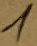
Text: 1